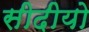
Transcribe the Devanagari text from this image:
सीदीयो